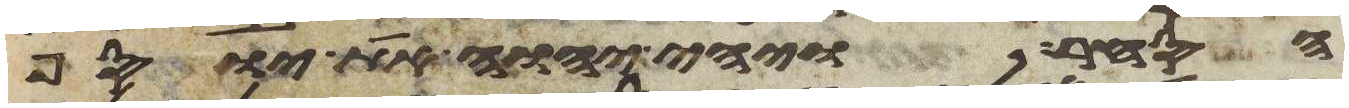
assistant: הסחר ויהי יהוה את יוסף